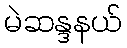
မဲဆန္ဒနယ်